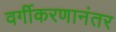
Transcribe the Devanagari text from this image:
वर्गीकरणानंतर